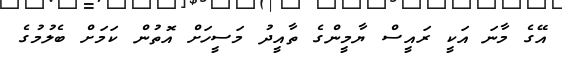
އޭގެ މާނަ އަކީ ރައީސް ޔާމީންގެ ތާއީދު މަސީހަށް އޮތުން ކަމަށް ބެލުމުގެ